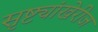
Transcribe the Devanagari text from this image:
सृष्ट्यांखेरीज